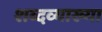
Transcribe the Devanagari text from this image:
शब्दव्याख्या